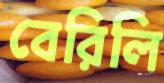
বেরিলি